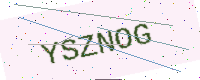
Text: YSZNOG